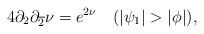
LaTeX: \begin{align*}4\partial_{2} \partial_{\overline{2}}\nu = e^{2\nu}~~~(|\psi_{1}|>|\phi|),\end{align*}